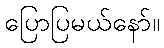
ပြောပြမယ်နော်။